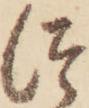
つ